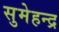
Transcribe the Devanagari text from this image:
सुमेहन्द्र